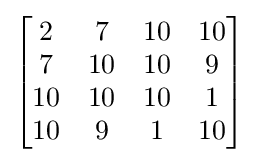
{\begin{bmatrix}2&7&10&10\\7&10&10&9\\10&10&10&1\\10&9&1&10\end{bmatrix}}